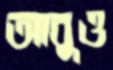
আবুও